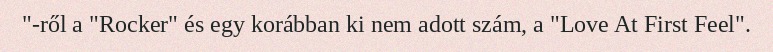
"-ről a "Rocker" és egy korábban ki nem adott szám, a "Love At First Feel".